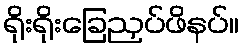
ရိုးရိုးခြေညှပ်ဖိနပ်။